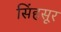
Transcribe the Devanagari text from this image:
सिंहसूर